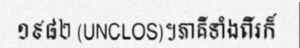
១៩៨២ (UNCLOS)។ភាគីទាំងពីរក៏